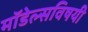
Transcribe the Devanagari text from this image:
मॉडेल्सविषयी